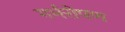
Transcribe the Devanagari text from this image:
गर्भरोपण